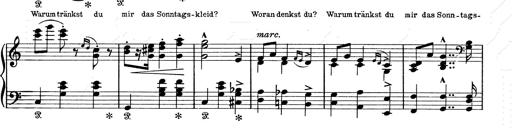
Title: 6 Polish Songs
Composer: Franz Liszt